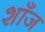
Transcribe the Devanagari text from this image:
शाँज